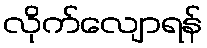
လိုက်လျောရန်